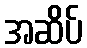
အဆိပ်